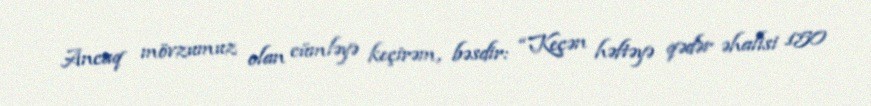
Ancaq mövzumuz olan cümləyə keçirəm, bəsdir: “Keçən həftəyə qədər əhalisi 150